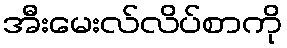
အီးမေးလ်လိပ်စာကို